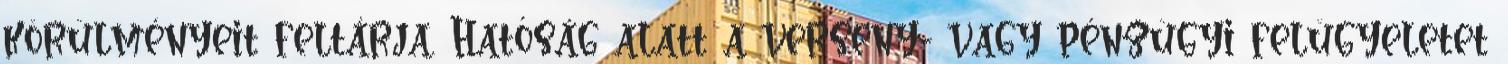
körülményeit feltárja. Hatóság alatt a verseny- vagy pénzügyi felügyeletet